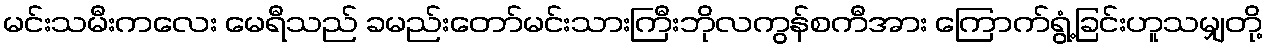
မင်းသမီးကလေး မေရီသည် ခမည်းတော်မင်းသားကြီးဘိုလကွန်စကီအား ကြောက်ရွံ့ခြင်းဟူသမျှတို့